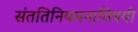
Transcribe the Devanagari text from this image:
संततिनियमनाविषयी